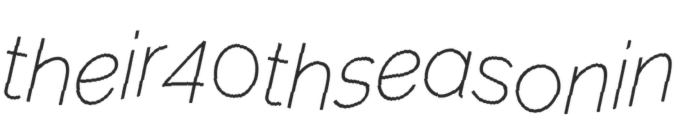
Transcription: their 40th season in